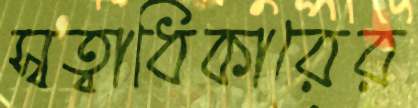
স্বত্বাধিকারের